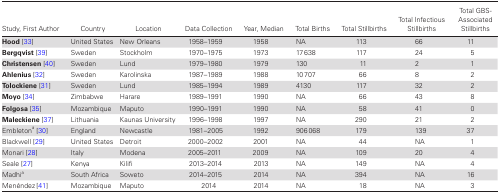
| Study, First Author | Country | Location | Data Collection | Year, Median | Total Births | Total Stillbirths | Total Infectious Stillbirths | Total GBS-Associated Stillbirths |
 | --- | --- | --- | --- | --- | --- | --- | --- | --- |
 | Hood [33] | United States | New Orleans | 1958–1959 | 1958 | NA | 113 | 66 | 11 |
 | Bergqvist [39] | Sweden | Stockholm | 1970–1975 | 1973 | 17638 | 117 | 24 | 5 |
 | Christensen [40] | Sweden | Lund | 1979–1980 | 1979 | 130 | 11 | 2 | 1 |
 | Ahlenius [32] | Sweden | Karolinska | 1987–1989 | 1988 | 10707 | 66 | 8 | 2 |
 | Tolockiene [31] | Sweden | Lund | 1985–1994 | 1989 | 4130 | 117 | 32 | 2 |
 | Moyo [34] | Zimbabwe | Harare | 1989–1991 | 1990 | NA | 66 | 43 | 8 |
 | Folgosa [35] | Mozambique | Maputo | 1990–1991 | 1990 | NA | 58 | 41 | 0 |
 | Maleckiene [37] | Lithuania | Kaunas University | 1996–1998 | 1997 | NA | 290 | 21 | 2 |
 | Embletona [30] | England | Newcastle | 1981–2005 | 1992 | 906068 | 179 | 139 | 37 |
 | Blackwell [29] | United States | Detroit | 2000–2002 | 2001 | NA | 44 | NA | 1 |
 | Monari [28] | Italy | Modena | 2005–2011 | 2009 | NA | 109 | 20 | 4 |
 | Seale [27] | Kenya | Kilifi | 2013–2014 | 2013 | NA | 149 | NA | 4 |
 | Madhia | South Africa | Soweto | 2014–2015 | 2014 | NA | 394 | NA | 16 |
 | Menéndez [41] | Mozambique | Maputo | 2014 | 2014 | NA | 18 | NA | 3 |